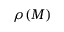
\rho ( M )